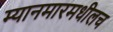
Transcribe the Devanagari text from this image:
म्यानमारमधीलच